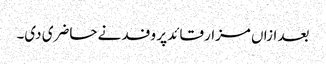
بعد ازاں مزار قائد پر وفد نے حاضری دی۔